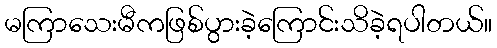
မကြာသေးမီကဖြစ်ပွားခဲ့ကြောင်းသိခဲ့ရပါတယ်။